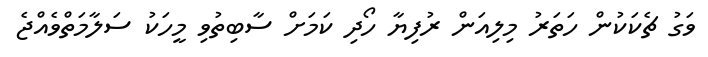
ވަގު ޗެކަކުން ހަތަރު މިލިއަން ރުފިޔާ ހޯދި ކަމަށް ސާބިތުވި މީހަކު ސަލާމަތްވެއްޖެ